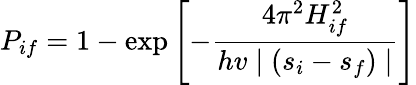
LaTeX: P_{if}=1-\exp\left[-{\frac{4\pi^{2}{H_{if}^{2}}}{hv\mid(s_{i}-s_{f})\mid}}\right]